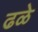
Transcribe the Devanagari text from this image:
ढळे